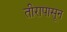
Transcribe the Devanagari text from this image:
तीरापासून